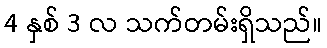
4 နှစ် 3 လ သက်တမ်းရှိသည်။